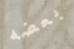
بعضه